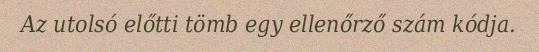
Az utolsó előtti tömb egy ellenőrző szám kódja.